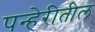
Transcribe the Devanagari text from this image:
पन्हेरीतील